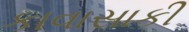
કાવાસાકી